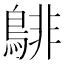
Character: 𪁹